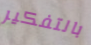
بالتفكير